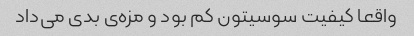
واقعا کیفیت سوسیتون کم بود و مزه‌ی بدی می‌داد